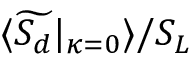
\langle \widetilde { S _ { d } } | _ { \kappa = 0 } \rangle / S _ { L }